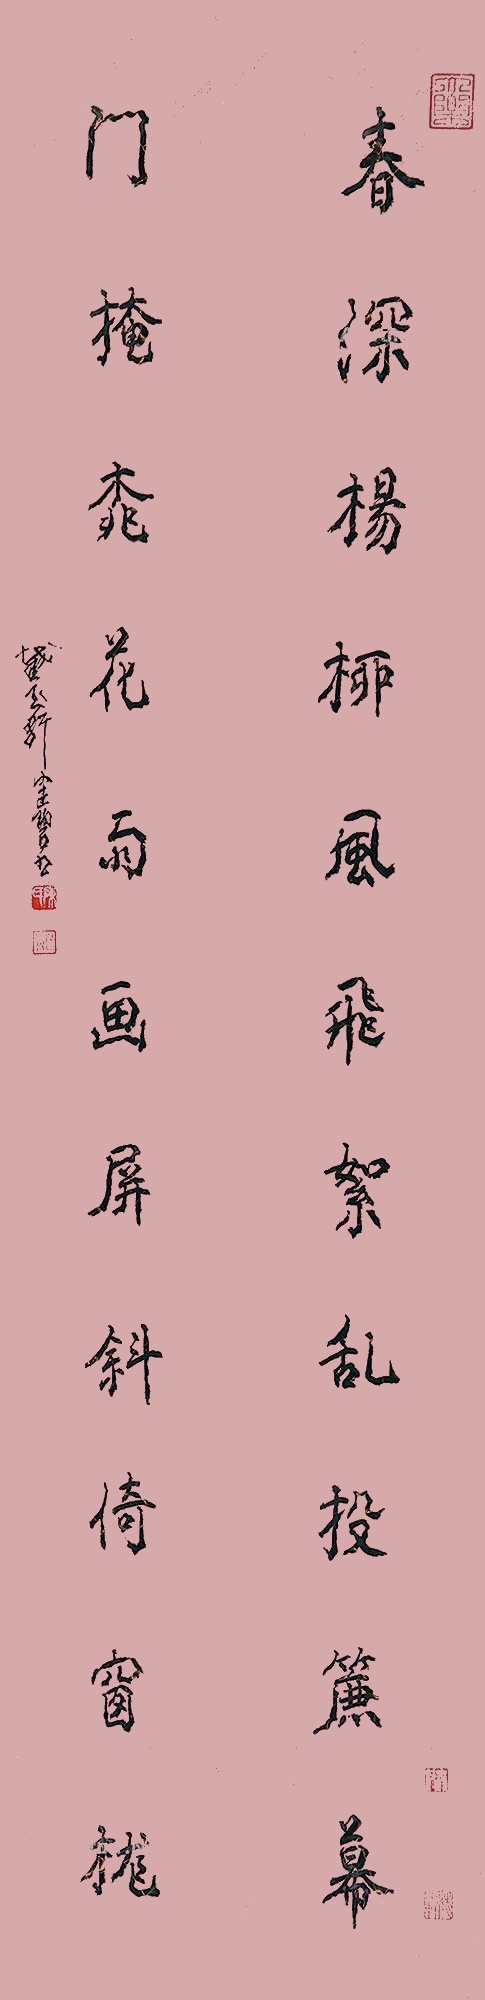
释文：春深杨柳风飞絮乱投帘幕，门掩桃花雨画屏斜倚窗陇。截玉轩健碧书。